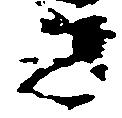
き